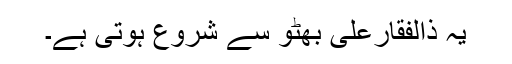
یہ ذالفقارعلی بھٹو سے شروع ہوتی ہے۔